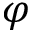
\varphi